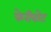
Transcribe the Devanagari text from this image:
फेरीबोट